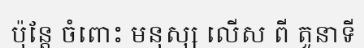
ប៉ុន្តែ ចំពោះ មនុស្ស លើស ពី តួនាទី